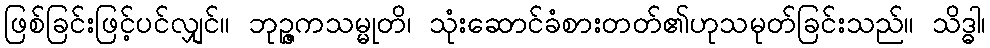
ဖြစ်ခြင်းဖြင့်ပင်လျှင်။ ဘုဉ္ဇကသမ္မုတိ၊ သုံးဆောင်ခံစားတတ်၏ဟုသမုတ်ခြင်းသည်။ သိဒ္ဓါ၊